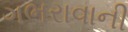
ગભરાવાની